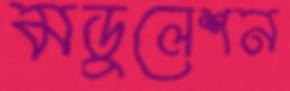
মডুলেশন